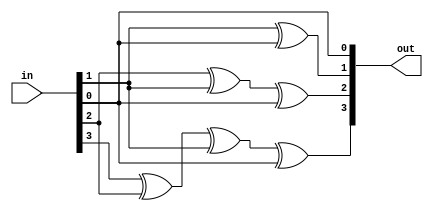
module graytobinary(in, out);
	input wire[3: 0] in;
	output wire[3: 0] out;
	assign out[0] = in[0];
	assign out[1] = in[1] ^ in[0];
	assign out[2] = in[2] ^ in[1] ^ in[0];
	assign out[3] = in[3] ^ in[2] ^ in[1] ^ in[0];
endmodule